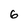
Character: 6